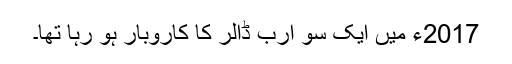
2017ء میں ایک سو ارب ڈالر کا کاروبار ہو رہا تھا۔